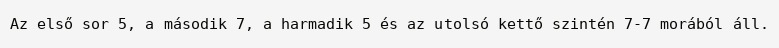
Az első sor 5, a második 7, a harmadik 5 és az utolsó kettő szintén 7-7 morából áll.